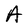
Character: A